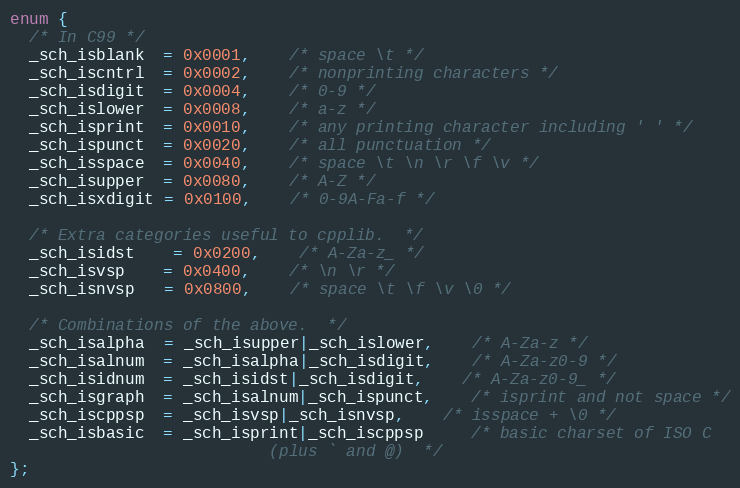
Language: C
enum {
  /* In C99 */
  _sch_isblank  = 0x0001,	/* space \t */
  _sch_iscntrl  = 0x0002,	/* nonprinting characters */
  _sch_isdigit  = 0x0004,	/* 0-9 */
  _sch_islower  = 0x0008,	/* a-z */
  _sch_isprint  = 0x0010,	/* any printing character including ' ' */
  _sch_ispunct  = 0x0020,	/* all punctuation */
  _sch_isspace  = 0x0040,	/* space \t \n \r \f \v */
  _sch_isupper  = 0x0080,	/* A-Z */
  _sch_isxdigit = 0x0100,	/* 0-9A-Fa-f */

  /* Extra categories useful to cpplib.  */
  _sch_isidst	= 0x0200,	/* A-Za-z_ */
  _sch_isvsp    = 0x0400,	/* \n \r */
  _sch_isnvsp   = 0x0800,	/* space \t \f \v \0 */

  /* Combinations of the above.  */
  _sch_isalpha  = _sch_isupper|_sch_islower,	/* A-Za-z */
  _sch_isalnum  = _sch_isalpha|_sch_isdigit,	/* A-Za-z0-9 */
  _sch_isidnum  = _sch_isidst|_sch_isdigit,	/* A-Za-z0-9_ */
  _sch_isgraph  = _sch_isalnum|_sch_ispunct,	/* isprint and not space */
  _sch_iscppsp  = _sch_isvsp|_sch_isnvsp,	/* isspace + \0 */
  _sch_isbasic  = _sch_isprint|_sch_iscppsp     /* basic charset of ISO C
						   (plus ` and @)  */
};